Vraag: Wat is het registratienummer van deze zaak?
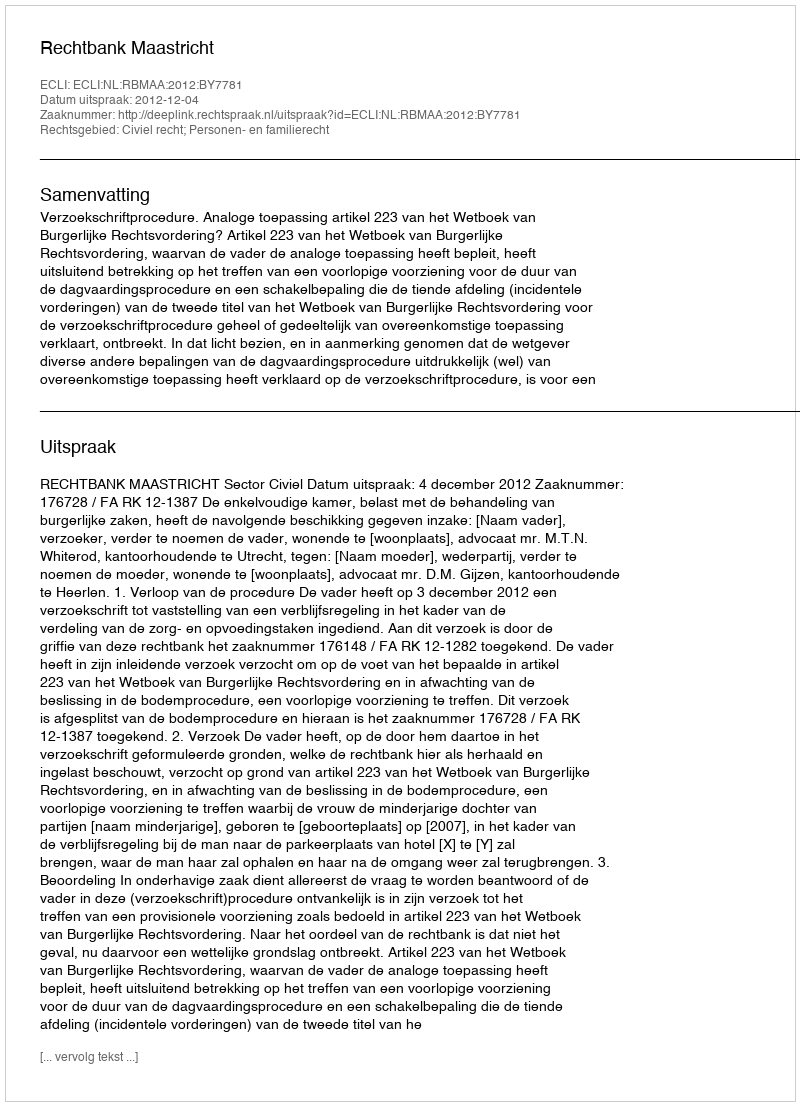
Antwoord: http://deeplink.rechtspraak.nl/uitspraak?id=ECLI:NL:RBMAA:2012:BY7781